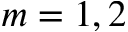
m = 1 , 2